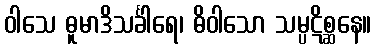
ဝါသေ ဓူမာဒိသင်္ခါရေ၊ ဓိဝါသော သမ္ပဋိစ္ဆနေ။